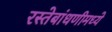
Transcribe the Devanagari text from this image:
रस्तेबांधणीमध्ये